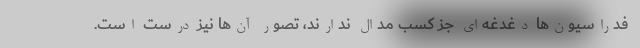
فدراسیون‌ها دغدغه‌ای جز کسب مدال ندارند، تصور آن‌ها نیز درست است.